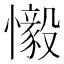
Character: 𫻗